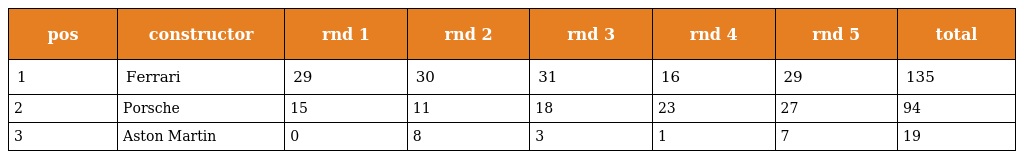
| pos | constructor | rnd 1 | rnd 2 | rnd 3 | rnd 4 | rnd 5 | total |
 | --- | --- | --- | --- | --- | --- | --- | --- |
 | 1 | Ferrari | 29 | 30 | 31 | 16 | 29 | 135 |
 | 2 | Porsche | 15 | 11 | 18 | 23 | 27 | 94 |
 | 3 | Aston Martin | 0 | 8 | 3 | 1 | 7 | 19 |